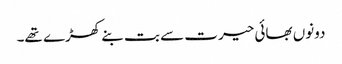
دونوں بھائی حیرت سے بت بنے کھڑے تھے۔